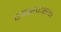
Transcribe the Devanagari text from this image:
एक्सपांसन